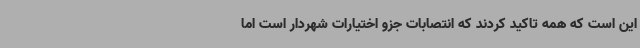
این است که همه تاکید کردند که انتصابات جزو اختیارات شهردار است اما